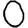
Digit: 0